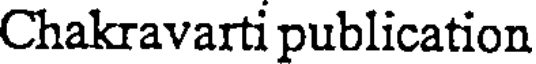
Chakravarti publication